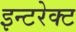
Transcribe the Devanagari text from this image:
इन्टरेक्ट